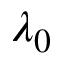
\lambda _ { 0 }